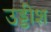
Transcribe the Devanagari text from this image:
उड्डीश